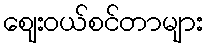
ဈေးဝယ်စင်တာများ